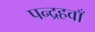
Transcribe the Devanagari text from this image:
पन्द्रहवाँ